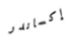
إكساندر